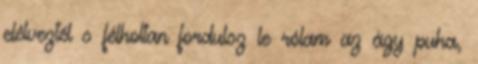
elélveztél s félholtan fordulsz le rólam az ágy puha,